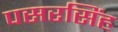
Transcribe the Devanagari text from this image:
पसरसिंह